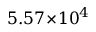
5 . 5 7 \! \times \! 1 0 ^ { 4 }